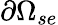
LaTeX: \partial\Omega_{se}